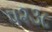
૫૨૩૮